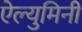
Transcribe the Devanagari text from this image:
ऐल्युमिनी